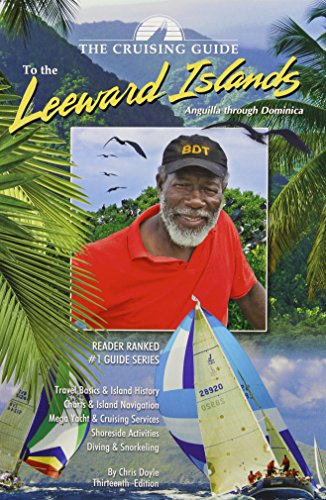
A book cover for The Cruising Guide to the Leeward Islands 2014-2015 edition; Chris Doyle; Travel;